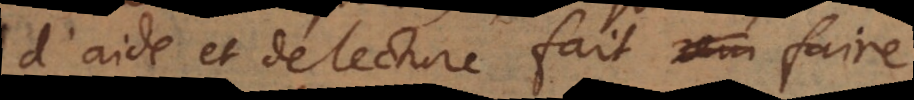
d’aide et de lecture fait faire